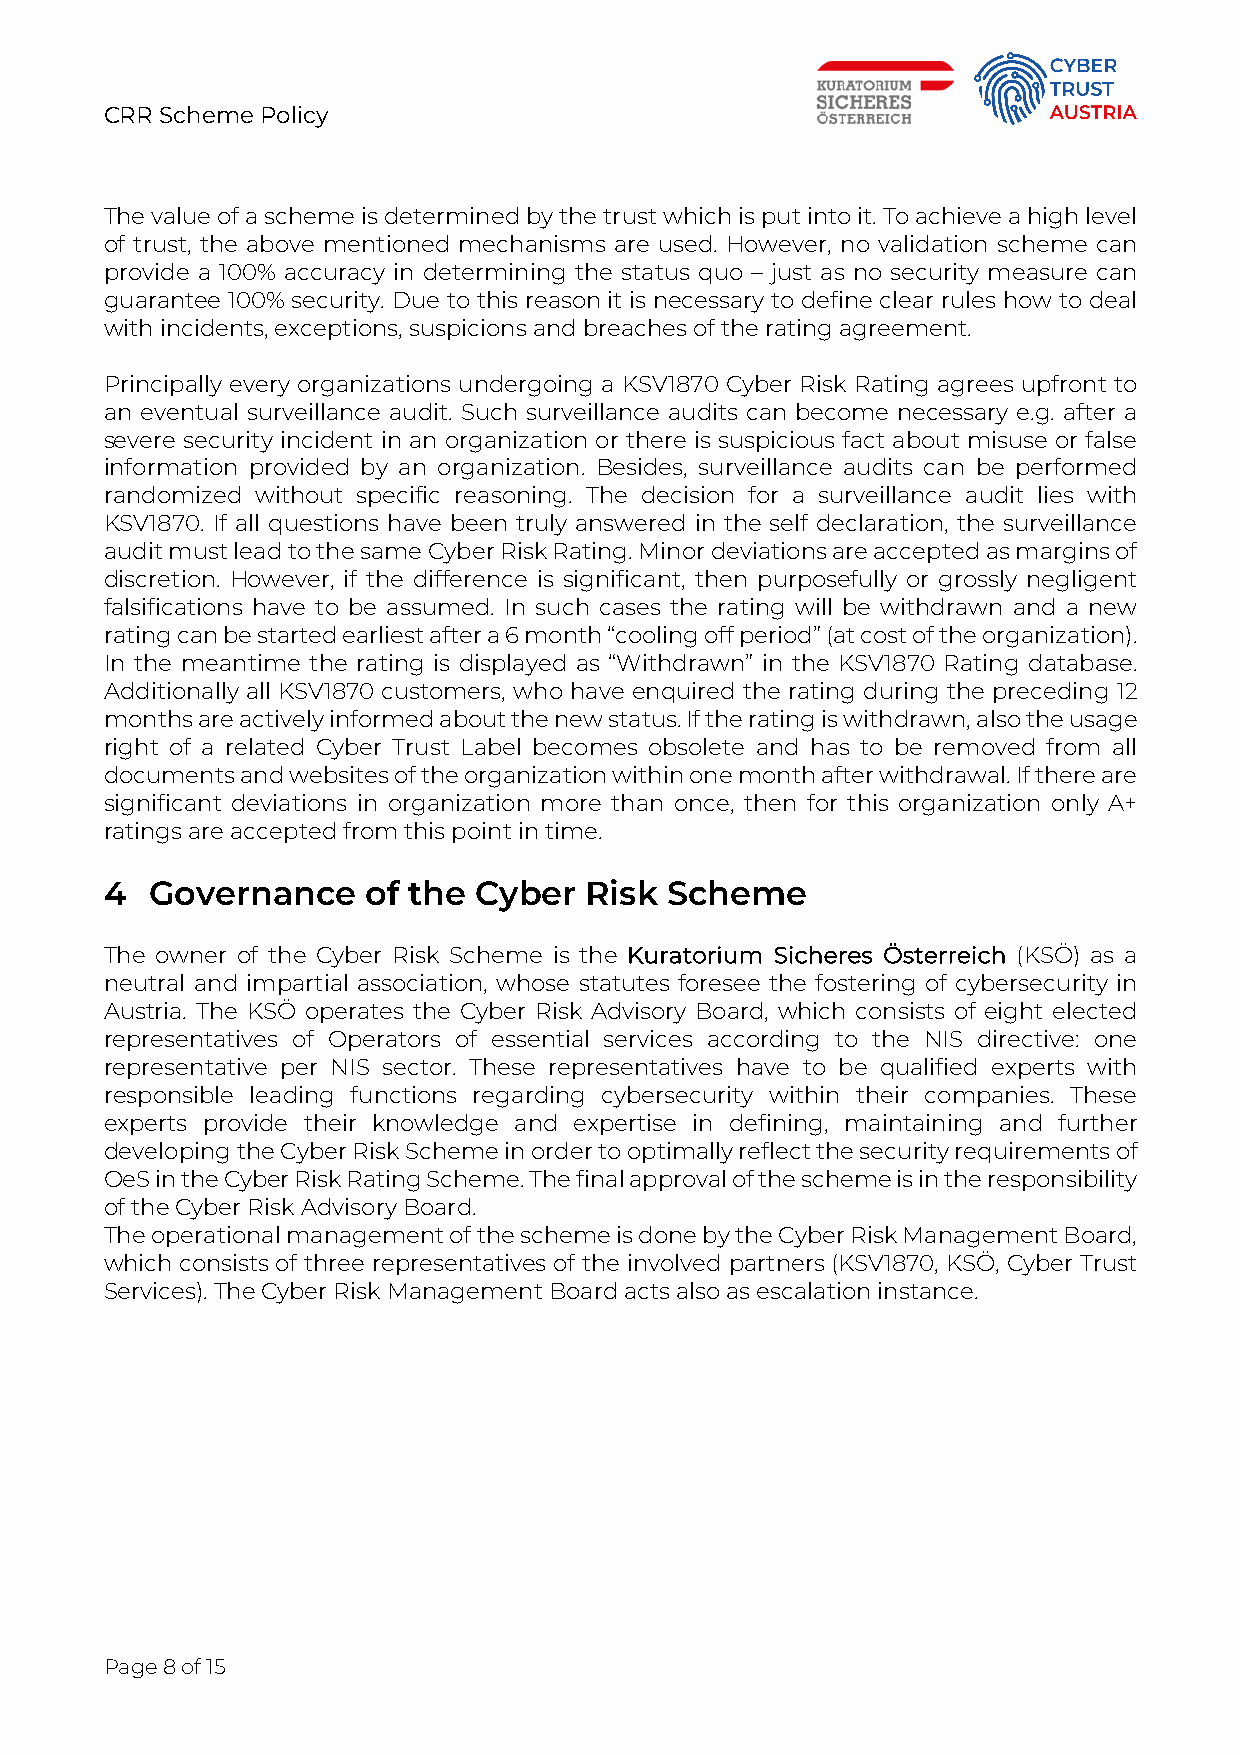
CRR Scheme Policy
 The value of a scheme is determined by the trust which is put into it. To achieve a high level
 of trust, the above mentioned mechanisms are used. However, no validation scheme can
 provide a 100% accuracy in determining the status quo – just as no security measure can
 guarantee 100% security. Due to this reason it is necessary to define clear rules how to deal
 with incidents, exceptions, suspicions and breaches of the rating agreement.
 Principally every organizations undergoing a KSV1870 Cyber Risk Rating agrees upfront to
 an eventual surveillance audit. Such surveillance audits can become necessary e.g. after a
 severe security incident in an organization or there is suspicious fact about misuse or false
 information provided by an organization. Besides, surveillance audits can be performed
 randomized without specific reasoning. The decision for a surveillance audit lies with
 KSV1870. If all questions have been truly answered in the self declaration, the surveillance
 audit must lead to the same Cyber Risk Rating. Minor deviations are accepted as margins of
 discretion. However, if the difference is significant, then purposefully or grossly negligent
 falsifications have to be assumed. In such cases the rating will be withdrawn and a new
 rating can be started earliest after a 6 month “cooling off period” (at cost of the organization).
 In the meantime the rating is displayed as “Withdrawn” in the KSV1870 Rating database.
 Additionally all KSV1870 customers, who have enquired the rating during the preceding 12
 months are actively informed about the new status. If the rating is withdrawn, also the usage
 right of a related Cyber Trust Label becomes obsolete and has to be removed from all
 documents and websites of the organization within one month after withdrawal. If there are
 significant deviations in organization more than once, then for this organization only A+
 ratings are accepted from this point in time.
 4  Governance    of the Cyber   Risk Scheme
 The owner of the Cyber Risk Scheme is the Kuratorium Sicheres Österreich (KSÖ) as a
 neutral and impartial association, whose statutes foresee the fostering of cybersecurity in
 Austria. The KSÖ operates the Cyber Risk Advisory Board, which consists of eight elected
 representatives of Operators of essential services according to the NIS directive: one
 representative per NIS sector. These representatives have to be qualified experts with
 responsible leading functions regarding cybersecurity within their companies. These
 experts provide their knowledge and expertise in defining, maintaining and further
 developing the Cyber Risk Scheme in order to optimally reflect the security requirements of
 OeS in the Cyber Risk Rating Scheme. The final approval of the scheme is in the responsibility
 of the Cyber Risk Advisory Board.
 The operational management of the scheme is done by the Cyber Risk Management Board,
 which consists of three representatives of the involved partners (KSV1870, KSÖ, Cyber Trust
 Services). The Cyber Risk Management Board acts also as escalation instance.
 Page 8 of 15